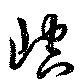
崆